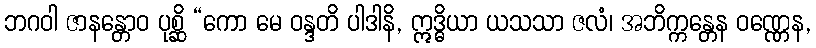
ဘဂဝါ ဇာနန္တောဝ ပုစ္ဆိ “ကော မေ ဝန္ဒတိ ပါဒါနိ, ဣဒ္ဓိယာ ယသသာ ဇလံ၊ အဘိက္ကန္တေန ဝဏ္ဏေန,